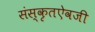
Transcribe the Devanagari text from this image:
संस्कृतऐवजी